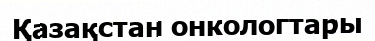
Қазақстан онкологтары